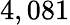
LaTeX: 4,081